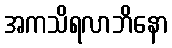
အကသိရလာဘိနော